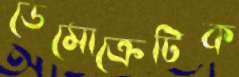
ডেমোক্রেটিক